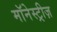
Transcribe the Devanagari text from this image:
मॉनेस्ट्रीज़